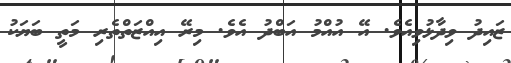
ޒައިދު ވިދާޅުވިއެވެ. އޭ އުއްމު އަބްދު އެވެ. މިރޭ އިއްޒަތްތެރި މަތީ ބަޔަކު